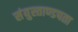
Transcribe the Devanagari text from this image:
संयुस्ताण्डपता